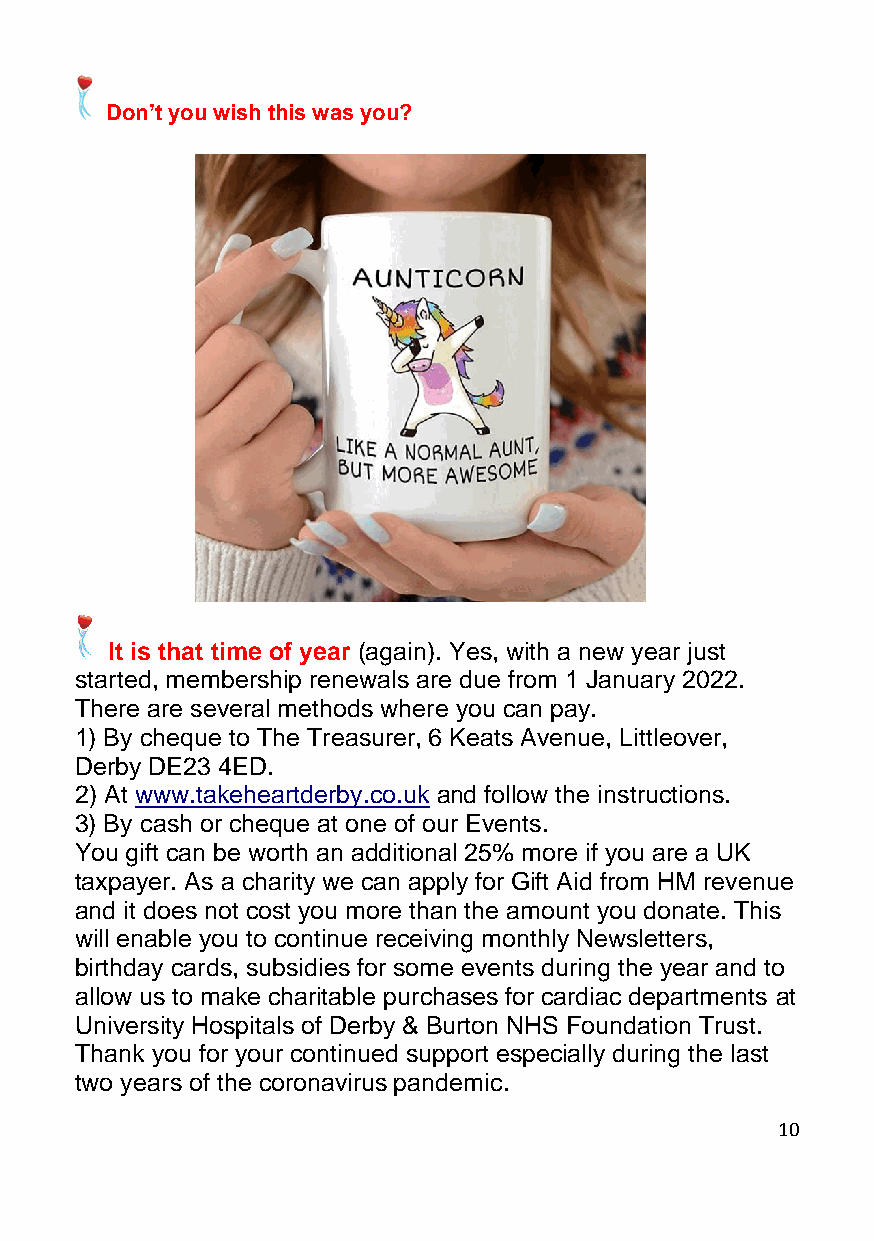
Don’t you wish this was you?
 It is that time of year (again). Yes, with a new year just
 started, membership renewals are due from 1 January 2022.
 There are several methods where you can pay.
 1) By cheque to The Treasurer, 6 Keats Avenue, Littleover,
 Derby DE23 4ED.
 2) At www.takeheartderby.co.uk and follow the instructions.
 3) By cash or cheque at one of our Events.
 You gift can be worth an additional 25% more if you are a UK
 taxpayer. As a charity we can apply for Gift Aid from HM revenue
 and it does not cost you more than the amount you donate. This
 will enable you to continue receiving monthly Newsletters,
 birthday cards, subsidies for some events during the year and to
 allow us to make charitable purchases for cardiac departments at
 University Hospitals of Derby & Burton NHS Foundation Trust.
 Thank you for your continued support especially during the last
 two years of the coronavirus pandemic.
 10